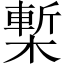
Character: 槧